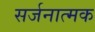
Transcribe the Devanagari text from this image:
सर्जनात्‍मक